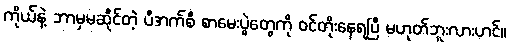
ကိုယ်နဲ့ ဘာမှမဆိုင်တဲ့ ပီအက်စီ စာမေးပွဲတွေကို ဝင်တိုးနေရပြီ မဟုတ်ဘူးလားဟင်။